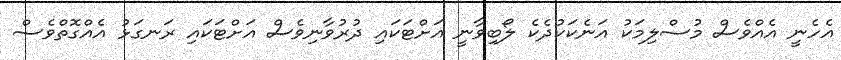
އެހެނީ އެއްވެސް މުސްލިމަކު އަނެކަކުދެކެ ލޯބިވާނީ އަށްޓަކައި ދުރުވާނިވެސް އަށްޓަކައި ރަނގަޅު އެއްގޮތްވެސް